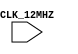
/*

*/
module top
(
    input CLK_12MHZ
);



endmodule